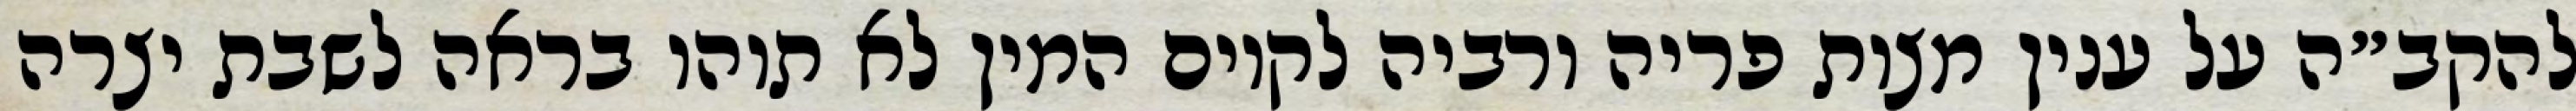
להקב״ה על ענין מצות פריה ורביה לקיום המין לא תוהו בראה לשבת יצרה